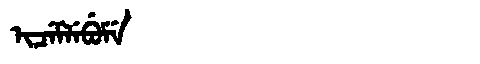
Manchu: ᡳᠴᡝᠮᠯᡝᠪᡠᠮᡝ
Romanization: ICEMLEBUME